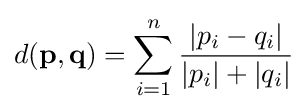
d(\mathbf {p} ,\mathbf {q} )=\sum _{i=1}^{n}{\frac {|p_{i}-q_{i}|}{|p_{i}|+|q_{i}|}}